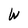
Character: W